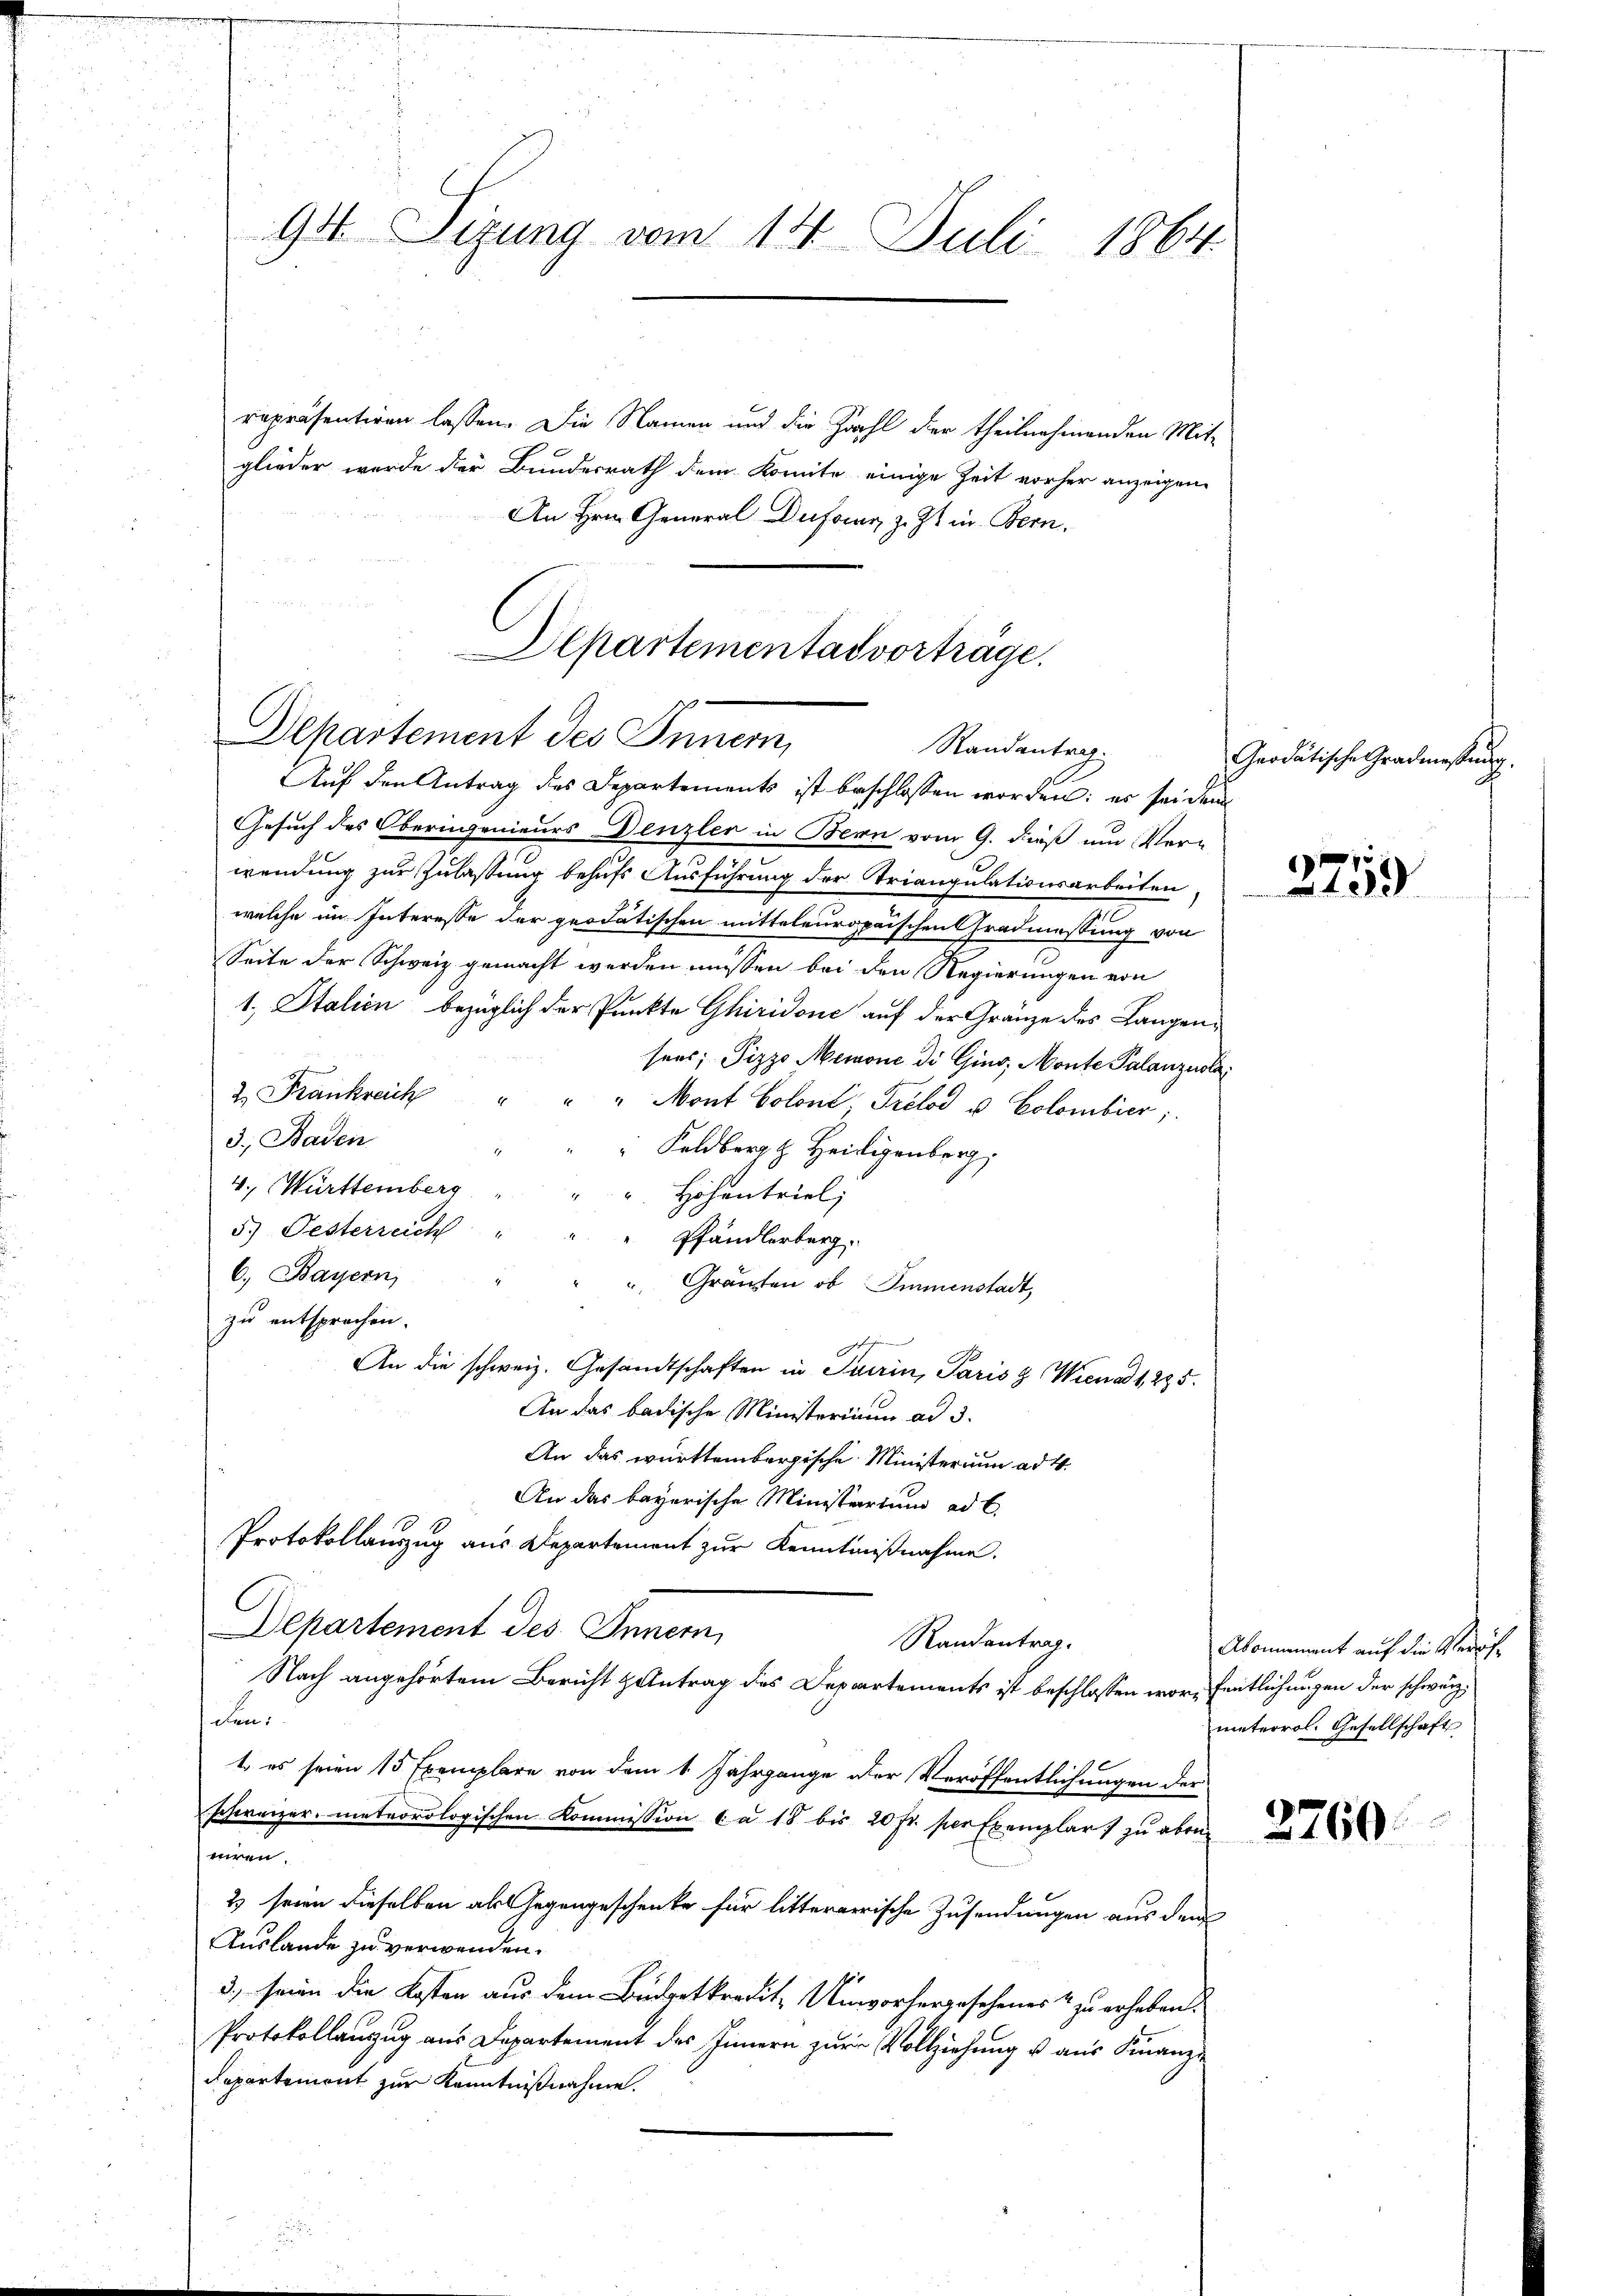
9 Sizung vom 14. Juli 1864

repräsentiren lassen. Die Namen und die Zwohl der theilnehmenden Mit-
glieder wurde der Bundesrath dem Komite einige Zeit vorher anzeigene
An Hrn. General Dufour, z. Zt. in Bern.
Gesuch des Oberingenieurs Denzler in Bern vom 9. dieß um Ver-
wendung zur Zulassung behufs Ausführung der Triangulationsarbeiten
welche im Interesse der geodätischen mitteleuropaischen Gradmessung von
Seite der Schweiz gemacht werden müssen bei den Regierungen von
1., Italien bezüglich der Punkte Ghiridone auf der Gränze des Langensees, Pizzo Memone di Ging, Monte Palanzusta
2. Frankreich
" Mont Colont, Grelod u Colombier;
3. Baden
 Feldberg z. Heiligenberg,
4., Württemberg
Höhentriel;
5.) Gesterreich
Pfändlerberg.
6. Bayern
" Gränzten ob Immenstadt,
zu entsprochen.
An die schweiz. Gesandtschaften in Turin, Paris & Wien ad 1, 285.
An das badische Ministerium ad 3.
An das württembergische Ministerium ad 4.
An das bayerische Ministerium ad b.
Protokollauszug aus Departement zur Kenntnißnahme.
Departement des Innern,
Randantrag.
Nach angehörtem Bericht Zentrag des Departements ist beschlossen worfentlichungen der schweiz.
den:
1. es seien 15 Exemplare von dem 1. Jahrgange der Veröffentlichungen der
schweizer. meteorologischen Kommission ca 18 bis 20 fr. per Exemplar zu aber
niren.
2) seien dieselben als Gegengeschenke für litternerische Zusendungen aus dem
Auslande zu verwenden.
3.) seinen die Kosten aus dem Budgetkredit- Unvorhergesehenes & zu erheben.
Protokollauszug aus Departement des Innern zur Vollziehung u aus Finanz-
departement zur Kenntnißnahme.

Departementas vortrage.
Departement des Innern
Randantrag.
Auf den Antrag des Departements ist beschlossen worden; es sei dem

Geodätische Gradmessung.

2759

Abomament auf die Vergifmeteorol. Gesellschaft

2760.